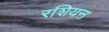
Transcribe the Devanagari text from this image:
रशियऩ